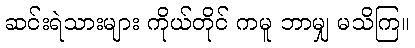
ဆင်းရဲသားများ ကိုယ်တိုင် ကမူ ဘာမျှ မသိကြ။